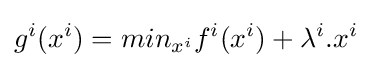
g^{i}(x^{i})=min_{x^{i}}f^{i}(x^{i})+\lambda ^{i}.x^{i}